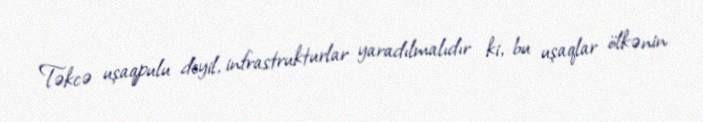
Təkcə uşaqpulu deyil, infrastrukturlar yaradılmalıdır ki, bu uşaqlar ölkənin